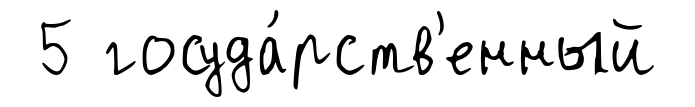
5 госуда́рств'енный